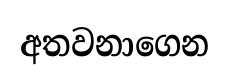
අතවනාගෙන